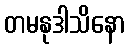
တမနုဒါသိနော